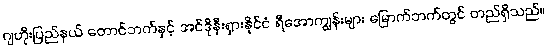
ဂျဟိုးပြည်နယ် တောင်ဘက်နှင့် အင်ဒိုနီးရှားနိုင်ငံ ရီအောကျွန်းများ မြောက်ဘက်တွင် တည်ရှိသည်။